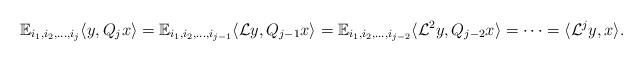
LaTeX: \begin{align*}\mathbb{E}_{i_1,i_2,\ldots,i_{j}}\langle y,Q_j x\rangle=\mathbb{E}_{i_1,i_2,\ldots,i_{j-1}}\langle \mathcal{L}y,Q_{j-1}x\rangle=\mathbb{E}_{i_1,i_2,\ldots,i_{j-2}}\langle \mathcal{L}^2y,Q_{j-2}x\rangle=\cdots=\langle \mathcal{L}^jy,x\rangle.\end{align*}